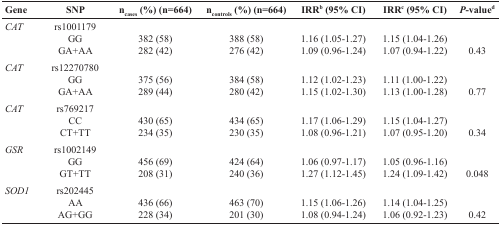
<table><thead><tr><td><b>Gene</b></td><td><b>SNP</b></td><td><b>n<sub>cases</sub> (%) (n=664)</b></td><td><b>n<sub>controls</sub> (%) (n=664)</b></td><td><b>IRR<sup>b</sup> (95% CI)</b></td><td><b>IRR<sup>c</sup> (95% CI)</b></td><td><b><i>P</i>-value<sup>d</sup></b></td></tr></thead><tbody><tr><td><i>CAT</i></td><td>rs1001179GGGA+AA</td><td>382 (58)282 (42)</td><td>388 (58)276 (42)</td><td>1.16 (1.05-1.27)1.09 (0.96-1.24)</td><td>1.15 (1.04-1.26)1.07 (0.94-1.22)</td><td>0.43</td></tr><tr><td><i>CAT</i></td><td>rs12270780GGGA+AA</td><td>375 (56)289 (44)</td><td>384 (58)280 (42)</td><td>1.12 (1.02-1.23)1.15 (1.02-1.30)</td><td>1.11 (1.00-1.22)1.13 (1.00-1.28)</td><td>0.77</td></tr><tr><td><i>CAT</i></td><td>rs769217CCCT+TT</td><td>430 (65)234 (35)</td><td>434 (65)230 (35)</td><td>1.17 (1.06-1.29)1.08 (0.96-1.21)</td><td>1.15 (1.04-1.27)1.07 (0.95-1.20)</td><td>0.34</td></tr><tr><td><i>GSR</i></td><td>rs1002149GGGT+TT</td><td>456 (69)208 (31)</td><td>424 (64)240 (36)</td><td>1.06 (0.97-1.17)1.27 (1.12-1.45)</td><td>1.05 (0.96-1.16)1.24 (1.09-1.42)</td><td>0.048</td></tr><tr><td><i>SOD1</i></td><td>rs202445AAAG+GG</td><td>436 (66)228 (34)</td><td>463 (70)201 (30)</td><td>1.15 (1.06-1.26)1.08 (0.94-1.24)</td><td>1.14 (1.04-1.25)1.06 (0.92-1.23)</td><td>0.42</td></tr></tbody></table>